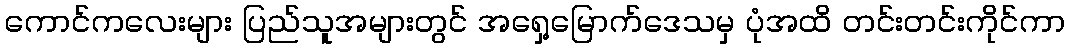
ကောင်ကလေးများ ပြည်သူအများတွင် အရှေ့မြောက်ဒေသမှ ပုံအထိ တင်းတင်းကိုင်ကာ